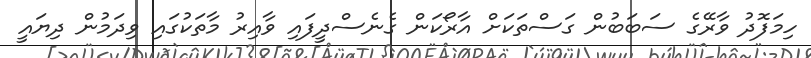
ހިމަފޮދު ވާރޭގެ ސަބަބުން ގަސްތަކަށް އާރޯކަން ގެނެސްދީފައި ވާއިރު މާތަކުގައި ވިދަމުން ދިޔައީ